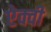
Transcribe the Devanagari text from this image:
ऐक्वी